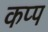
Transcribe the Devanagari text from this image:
कप्प